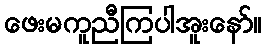
ဖေးမကူညီကြပါအူးနော်။